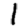
Digit: 1